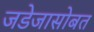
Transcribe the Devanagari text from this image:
जडेजासोबत